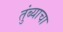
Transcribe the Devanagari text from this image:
तुंब्याचा